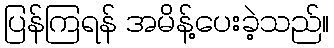
ပြန်ကြရန် အမိန့်ပေးခဲ့သည်။